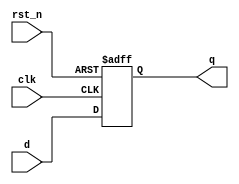

module flopr#(parameter width =8)(
input wire clk, rst_n, 
input wire [width -1:0] d, 
output reg[width -1:0] q 
);

always @(posedge clk or negedge rst_n)

if (!rst_n) q <= 0;
else q <= d;

endmodule